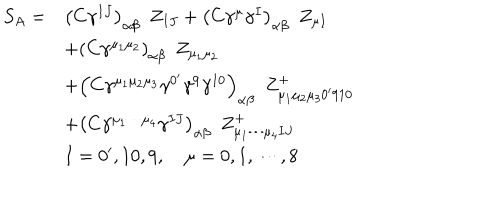
LaTeX: \begin{array} { l l } { { S _ { A } = } } & { { \left( C \gamma ^ { I J } \right) _ { \alpha \beta } \, \, \, Z _ { I J } + \left( C \gamma ^ { \mu } \gamma ^ { I } \right) _ { \alpha \beta } \, \, \, Z _ { \mu I } } } \\ { { } } & { { + \left( C \gamma ^ { \mu _ { 1 } \mu _ { 2 } } \right) _ { \alpha \beta } \, \, \, Z _ { \mu _ { 1 } \mu _ { 2 } } } } \\ { { } } & { { + \left( C \gamma ^ { \mu _ { 1 } \mu _ { 2 } \mu _ { 3 } } \gamma ^ { 0 ^ { \prime } } \gamma ^ { 9 } \gamma ^ { 1 0 } \right) _ { \alpha \beta } \, \, \, Z _ { \mu _ { 1 } \mu _ { 2 } \mu _ { 3 } 0 ^ { \prime } 9 1 0 } ^ { + } } } \\ { { } } & { { + \left( C \gamma ^ { \mu _ { 1 } \cdots \mu _ { 4 } } \gamma ^ { I J } \right) _ { \alpha \beta } \, \, \, Z _ { \mu _ { 1 } \cdots \mu _ { 4 } I J } ^ { + } } } \\ { { } } & { { I = 0 ^ { \prime } , 1 0 , 9 , \quad \mu = 0 , 1 , \cdots , 8 } } \\ \end{array}